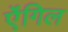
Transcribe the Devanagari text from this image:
ऐंगिल